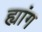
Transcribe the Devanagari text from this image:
ह्यांग